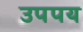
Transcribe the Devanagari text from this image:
उपपय